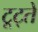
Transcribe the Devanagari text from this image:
टूट्ते